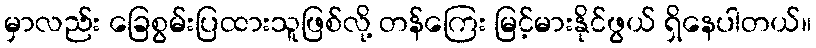
မှာလည်း ခြေစွမ်းပြထားသူဖြစ်လို့ တန်ကြေး မြင့်မားနိုင်ဖွယ် ရှိနေပါတယ်။